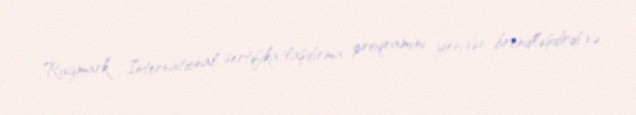
Rugmark International sertifikatlaşdırma proqramını yenidən brendləşdirdi və